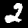
Digit: 2